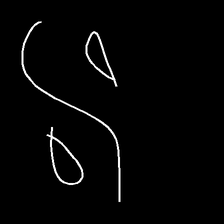
Glyph: water